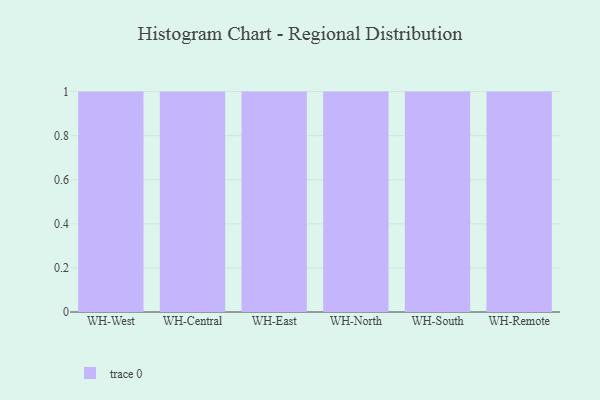
{"axis": {"x": "Warehouse", "y": "Inventory Turnover"}, "legend": [""], "data": [{"x": "WH-West", "y": 13, "type": ""}, {"x": "WH-Central", "y": 96, "type": ""}, {"x": "WH-East", "y": 50, "type": ""}, {"x": "WH-North", "y": 73, "type": ""}, {"x": "WH-South", "y": 1, "type": ""}, {"x": "WH-Remote", "y": 10, "type": ""}]}